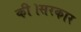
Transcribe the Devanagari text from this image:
की।सरकार